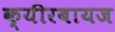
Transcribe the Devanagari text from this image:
क्यीरबायज